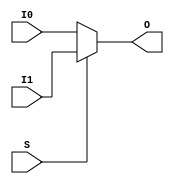
// $Header: /devl/xcs/repo/env/Databases/CAEInterfaces/verunilibs/s/MUXF6.v,v 1.8 2003/01/21 01:55:29 wloo Exp $

/*

FUNCTION	: 2 to 1 Multiplexer for Carry Logic

*/

`timescale  100 ps / 10 ps


module MUXF6 (O, I0, I1, S);

    output O;
    reg    o_out;

    input  I0, I1, S;

    buf B1 (O, o_out);

	always @(I0 or I1 or S) begin
	    if (S)
		o_out <= I1;
	    else
		o_out <= I0;
	end

    specify
	(I0 => O) = (0, 0);
	(I1 => O) = (0, 0);
	(S  => O) = (0, 0);
    endspecify

endmodule